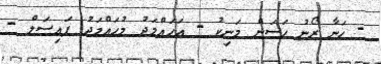
- ހަނާ ރޯނު ހަސަން މަނިކު - އަހައްމަދު މުހައްމަދު ފައިސަލް -